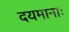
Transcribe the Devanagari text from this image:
दयमानाः